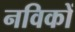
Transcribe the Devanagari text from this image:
नविकों